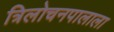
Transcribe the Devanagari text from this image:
त्रिलोचनपालाला